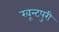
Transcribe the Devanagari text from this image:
खून्टपुरी